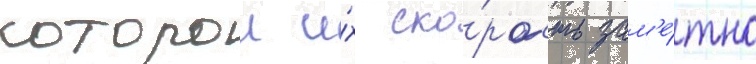
которои и́х ско́рость зам'е́тно